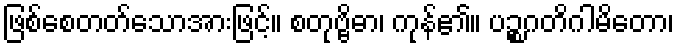
ဖြစ်စေတတ်သောအားဖြင့်။ စတုဗ္ဗိဓာ၊ ကုန်၏။ ပဉ္စဂတိဂါမိတော၊